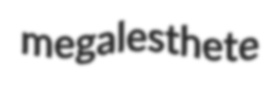
megalesthete